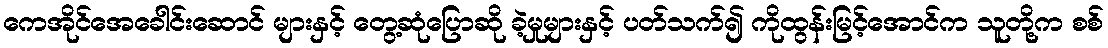
ကေအိုင်အေခေါင်းဆောင် များနှင့် တွေ့ဆုံပြောဆို ခဲ့မှုများနှင့် ပတ်သက်၍ ကိုထွန်းမြင့်အောင်က သူတို့က စစ်